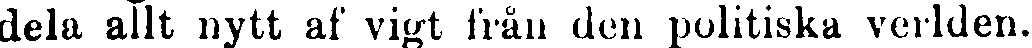
dela allt nytt af vigt från den politiska verlden.